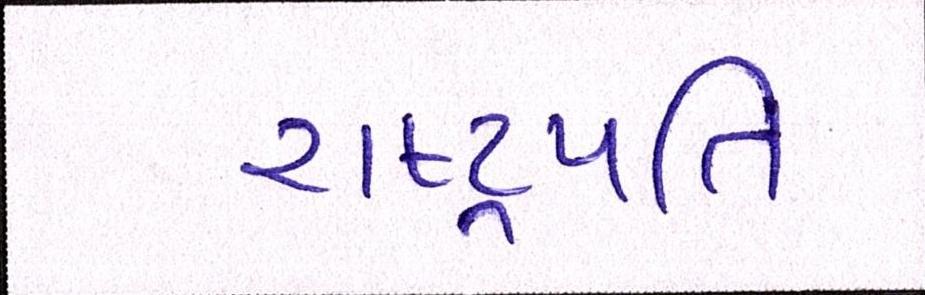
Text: રાષ્ટ્રપતિ